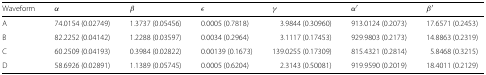
| Waveform | α | β | ε | γ | α′ | β′ |
 | --- | --- | --- | --- | --- | --- | --- |
 | A | 74.0154 (0.02749) | 1.3737 (0.05456) | 0.0005 (0.7818) | 3.9844 (0.30960) | 913.0124 (0.2073) | 17.6571 (0.2453) |
 | B | 82.2252 (0.04142) | 1.2288 (0.03597) | 0.0034 (0.2964) | 3.1117 (0.17453) | 929.9803 (0.2173) | 14.8863 (0.2319) |
 | C | 60.2509 (0.04193) | 0.3984 (0.02822) | 0.00139 (0.1673) | 139.0255 (0.17309) | 815.4321 (0.2814) | 5.8468 (0.3215) |
 | D | 58.6926 (0.02891) | 1.1389 (0.05745) | 0.0005 (0.6204) | 2.3143 (0.50081) | 919.9590 (0.2019) | 18.4011 (0.2129) |